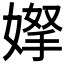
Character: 𭒌